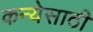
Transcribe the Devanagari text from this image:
कन्येसाठी